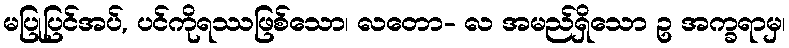
မပြုပြင်အပ်, ပင်ကိုရဿဖြစ်သော၊ လတော- လ အမည်ရှိသော ဥ အက္ခရာမှ၊